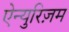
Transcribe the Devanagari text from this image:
ऐन्युरिज़म